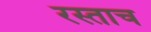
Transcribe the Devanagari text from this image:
रस्ताच